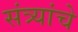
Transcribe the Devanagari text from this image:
संत्र्यांचे